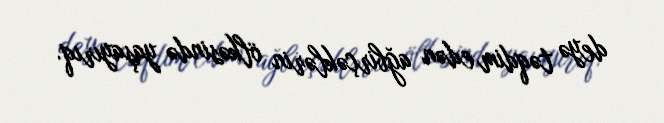
deyə təqdim edən ağbirçəklərin ölkəsində yaşayırıq.